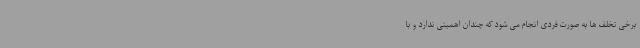
برخی تخلف ها به صورت فردی انجام می شود که چندان اهمیتی ندارد و با